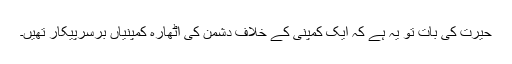
حیرت کی بات تو یہ ہے کہ ایک کمپنی کے خلاف دشمن کی اٹھارہ کمپنیاں برسرپیکار تھیں۔